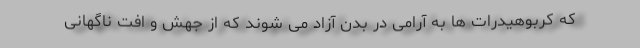
که کربوهیدرات ها به آرامی در بدن آزاد می شوند که از جهش و افت ناگهانی